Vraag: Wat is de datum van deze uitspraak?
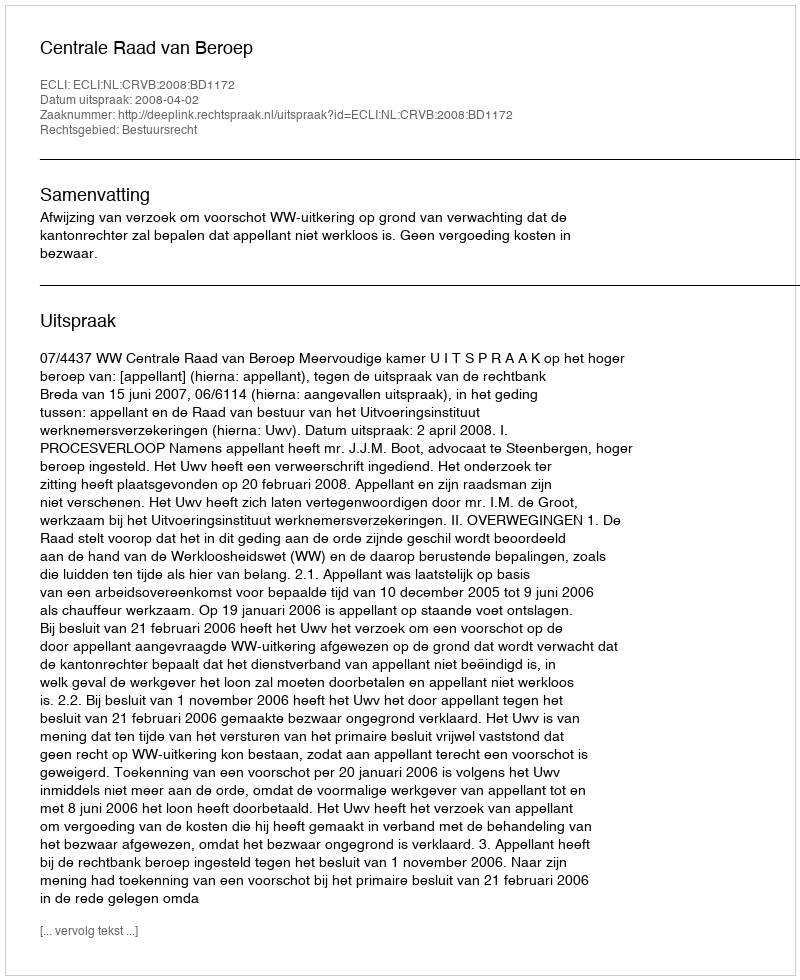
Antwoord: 2008-04-02